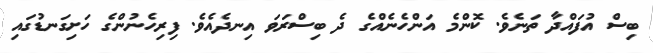
ބިސް އުފައްދާ ތަނެވެ. ކޮންމެ އަންހެނެއްގެ ދެ ބިސްރަވަ އިނދެއެވެ. ފިރިހެނުންގެ ހަށިގަނޑުގައި